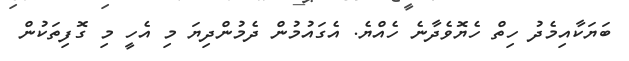
ބަޔަކާއިމެދު ހިތް ހެޔޮވެދާނެ ހެއްޔެ. އެގައުމުން ދެމުންދިޔަ މި އެހީ މި ގޮފިތަކުން